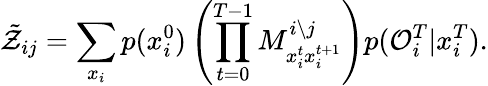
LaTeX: \tilde{\mathcal{Z}}_{ij}=\sum_{x_{i}}p(x_{i}^{0})\left(\prod_{t=0}^{T-1}M_{x_{i}^{t}x_{i}^{t+1}}^{i\setminus j}\right)p(\mathcal{O}_{i}^{T}|x_{i}^{T}).